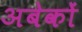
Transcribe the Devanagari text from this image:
अबेकों